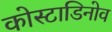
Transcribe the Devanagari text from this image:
कोस्टाडिनोव